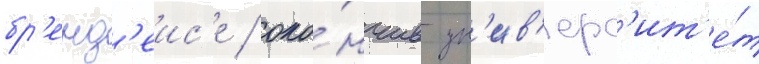
бр'енд'еис'е / око́нчив ун'ив'ерс'ит'е́т